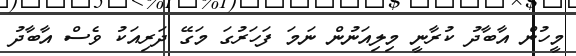
މީހުން އާބާދު ކުރާނީ މިލިއަނުން ނަމަ ފަހަރުގަ މަގޭ ދަރިއަކު ވެސް އާބާދު